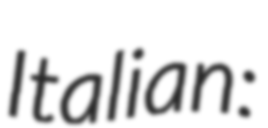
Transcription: Italian: